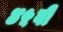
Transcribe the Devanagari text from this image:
४५वी